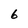
Character: 6